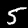
Digit: 5